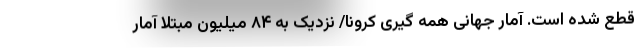
قطع شده است. آمار جهانی همه گیری کرونا/ نزدیک به ۸۴ میلیون مبتلا آمار